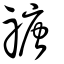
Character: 禟